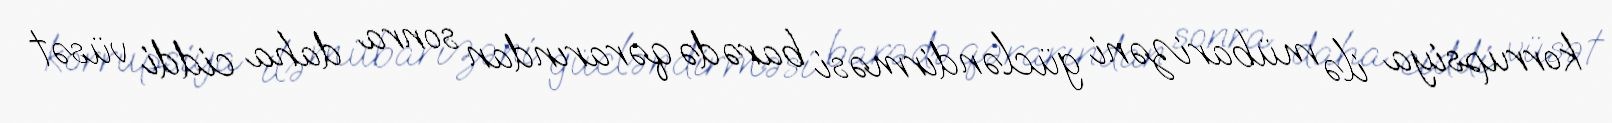
korrupsiya ilə mübarizəni gücləndirməsi barədə qərarından sonra daha ciddi vüsət